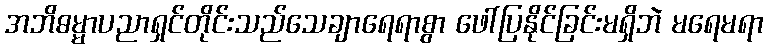
အဘိဓမ္မာပညာရှင်တိုင်းသည်သေချာရေရာစွာ ဖေါ်ပြနိုင်ခြင်းမရှိဘဲ မရေမရာ